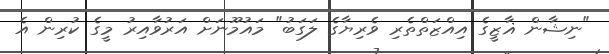
"ނިޝާން ޣާޒީގެ އިއްޒަތްތެރި ވެރިޔާގެ ލަގަބު" މައުމޫނަށް އަރުވާއިރު މީގެ ކުރިން އެ